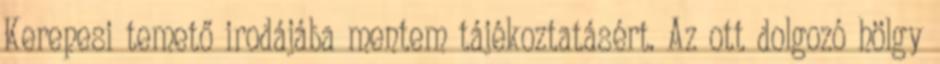
Kerepesi temető irodájába mentem tájékoztatásért. Az ott dolgozó hölgy